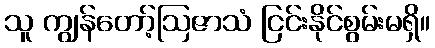
သူ ကျွန်တော့်ဩဇာသံ ငြင်းနိုင်စွမ်းမရှိ။